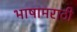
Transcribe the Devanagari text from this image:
भाषामराठी